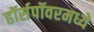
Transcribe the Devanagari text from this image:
हॉर्सपॉवरमध्ये